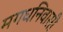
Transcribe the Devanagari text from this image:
मगधनिवासी